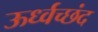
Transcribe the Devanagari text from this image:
ऊर्ध्वच्छंद